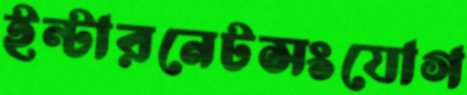
ইন্টারনেটসংযোগ